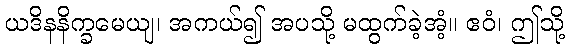
ယဒိနနိက္ခမေယျ၊ အကယ်၍ အပသို့ မထွက်ခဲ့အံ့။ ဧဝံ၊ ဤသို့